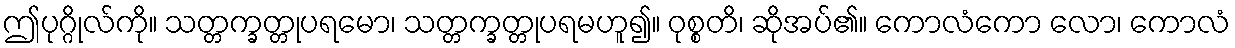
ဤပုဂ္ဂိုလ်ကို။ သတ္တက္ခတ္တုပရမော၊ သတ္တက္ခတ္တုပရမဟူ၍။ ဝုစ္စတိ၊ ဆိုအပ်၏။ ကောလံကော လော၊ ကောလံ